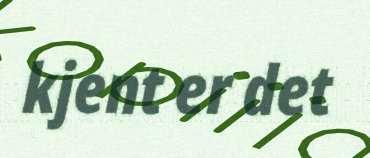
kjent er det